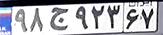
۹۸ج۹۲۳۶۷